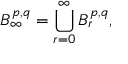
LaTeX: B _ { \infty } ^ { p , q } = \bigcup _ { r = 0 } ^ { \infty } B _ { r } ^ { p , q } ,